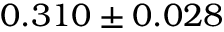
0 . 3 1 0 \pm 0 . 0 2 8